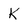
Character: K